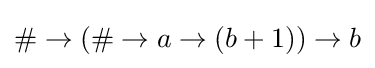
\#\rightarrow (\#\rightarrow a\rightarrow (b+1))\rightarrow b